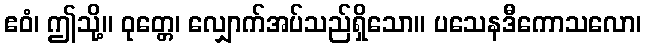
ဧဝံ၊ ဤသို့။ ဝုတ္တေ၊ လျှောက်အပ်သည်ရှိသော။ ပသေနဒီကောသလော၊